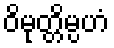
ဝိမုတ္တိမ္ပဟံ